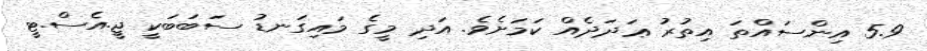
5.9 އިންސައްތަ އިތުރު ޢަދަދެއް ކަމަށެވެ. އަދި މީގެ މައިގަނޑު ސަބަބަކީ ޖީ.އެސް.ޓީ